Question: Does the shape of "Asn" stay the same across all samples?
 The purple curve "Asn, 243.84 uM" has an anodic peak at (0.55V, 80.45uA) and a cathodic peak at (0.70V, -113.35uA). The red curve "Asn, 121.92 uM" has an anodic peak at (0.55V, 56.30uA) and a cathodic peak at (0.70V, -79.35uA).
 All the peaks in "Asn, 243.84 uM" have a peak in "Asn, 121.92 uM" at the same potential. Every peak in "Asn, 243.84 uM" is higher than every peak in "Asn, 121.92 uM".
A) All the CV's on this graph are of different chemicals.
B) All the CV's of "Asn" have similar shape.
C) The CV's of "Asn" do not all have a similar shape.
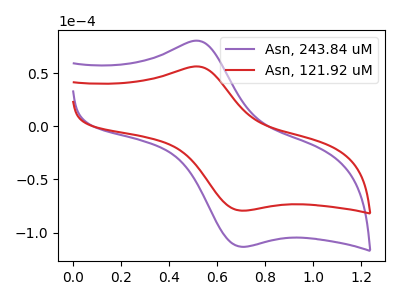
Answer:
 <answer>B) All the CV's of "Asn" have similar shape.</answer>
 <eval>B</eval>